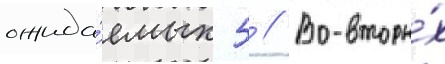
ожида́емых 5 // Во-вторы́х